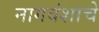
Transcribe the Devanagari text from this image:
नागवंशाचे